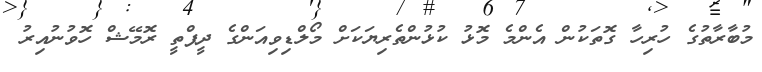
މުބާރާތުގެ ހުރިހާ ގޮތަކުން އެންމެ މޮޅު ކުޅުންތެރިޔަކަށް މޯލްޑިވިއަންގެ ދީޕްތީ ރޮމޭޝް ހޮވުނުއިރު